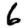
Digit: 6